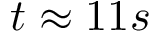
t \approx 1 1 s